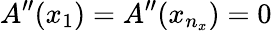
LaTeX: A^{\prime\prime}(x_{1})=A^{\prime\prime}(x_{n_{x}})=0